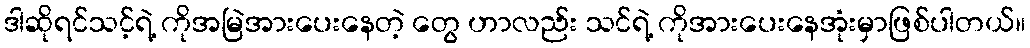
ဒါဆိုရင်သင့်ရဲ့ ကိုအမြဲအားပေးနေတဲ့ တွေ ဟာလည်း သင်ရဲ့ ကိုအားပေးနေအုံးမှာဖြစ်ပါတယ်။